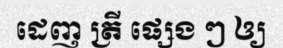
ដេញ ត្រី ផ្សេង ៗ ឲ្យ